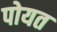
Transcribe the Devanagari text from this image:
पोयत